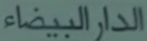
الدّار البيضاء